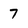
Character: 7